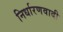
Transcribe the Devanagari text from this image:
निर्धारणवादी